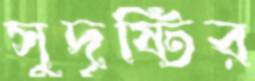
সুদৃষ্টির